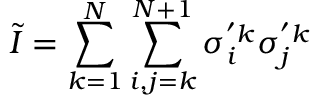
\tilde { I } = \sum _ { k = 1 } ^ { N } { \sum _ { i , j = k } ^ { N + 1 } { \sigma _ { i } ^ { ' k } \sigma _ { j } ^ { ' k } } }